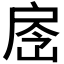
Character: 𢩐